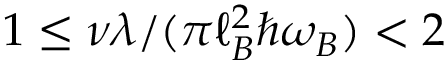
1 \leq \nu \lambda / ( \pi \ell _ { B } ^ { 2 } \hbar \omega _ { B } ) < 2